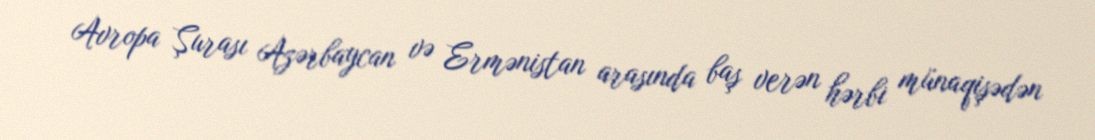
Avropa Şurası Azərbaycan və Ermənistan arasında baş verən hərbi münaqişədən